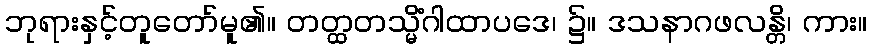
ဘုရားနှင့်တူတော်မူ၏။ တတ္ထတသ္မိံဂါထာပဒေ၊ ၌။ ဒသနာဂဖလန္တိ၊ ကား။